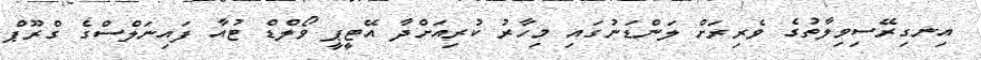
އިނގިރޭސިވިލާތުގެ ވެރިރަށް ލަންޑަނުގައި މިހާރު ކުރިއަށްދާ އޭޓީޕީ ވޯލްޑް ޓުއާ ފައިނަލްސްގެ ގްރޫޕް